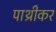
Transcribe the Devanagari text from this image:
पाथ्रीकर